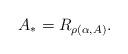
LaTeX: \begin{align*}A_*=R_{\rho(\alpha, A)}.\end{align*}